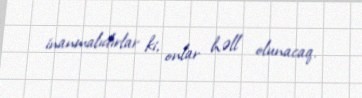
inanmalıdırlar ki, onlar həll olunacaq.